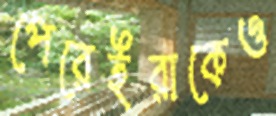
পেরেইরাকেও